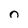
Character: O